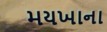
મયખાના